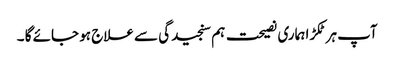
آپ ہر ٹکڑا ہماری نصیحت ہم سنجیدگی سے علاج ہو جائے گا ۔